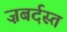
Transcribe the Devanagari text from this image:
ज़बर्दस्‍त